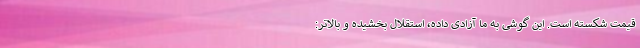
قیمت شکسته است. این گوشی به ما آزادی داده، استقلال بخشیده و بالاتر: